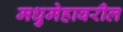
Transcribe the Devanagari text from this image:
मधुमेहावरील